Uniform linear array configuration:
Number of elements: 64
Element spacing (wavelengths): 0.75
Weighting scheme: hann
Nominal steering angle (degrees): -60
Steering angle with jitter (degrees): -61.593
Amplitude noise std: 0.05
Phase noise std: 0.05

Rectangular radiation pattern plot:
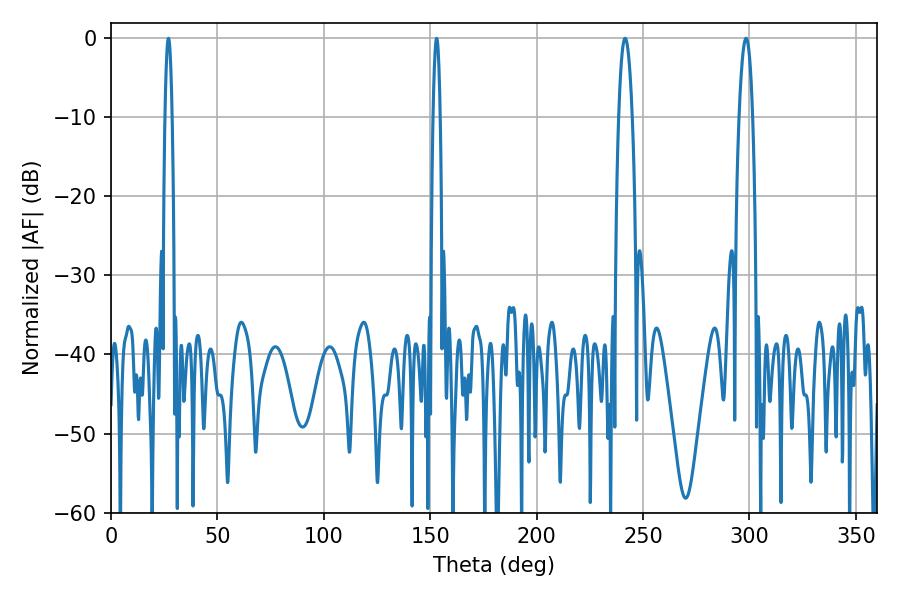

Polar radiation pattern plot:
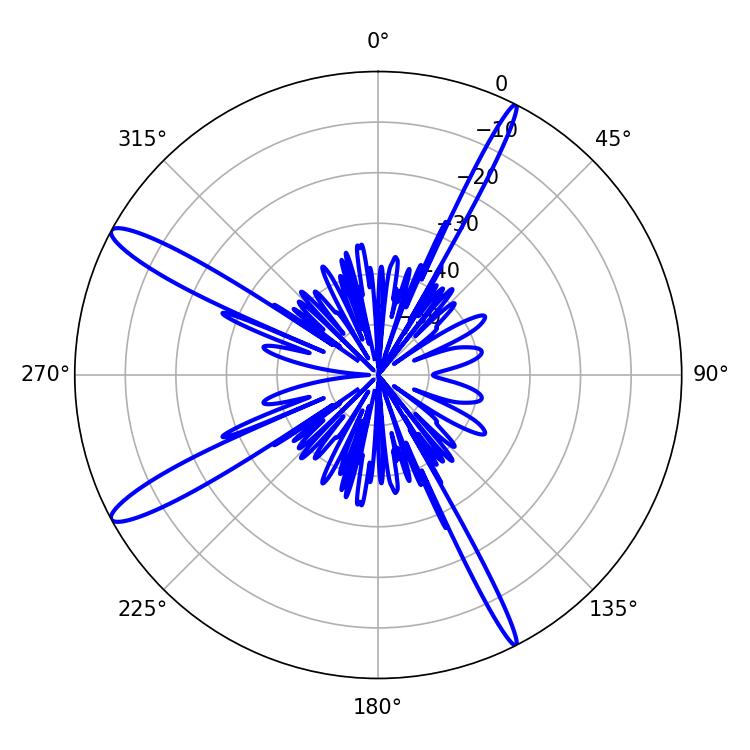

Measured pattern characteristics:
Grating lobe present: TRUE
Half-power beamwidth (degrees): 1.8
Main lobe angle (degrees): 27